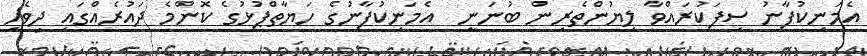
އެމަނިކުފާނު ސިފަކުރައްވާ ލިޔުންތެރިން ބުނަނީ  އެމަނިކުފާނުގެ ހަޔާތްޕުޅުގެ ކޮންމެ ދައުރެއްގައި ދިވެހި